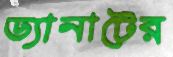
ড্যানাটের